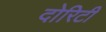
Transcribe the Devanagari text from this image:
दोरिटी